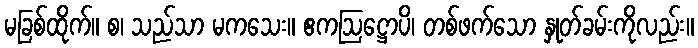
မခြစ်ထိုက်။ စ၊ သည်သာ မကသေး။ ဧကဩဋ္ဌောပိ၊ တစ်ဖက်သော နှုတ်ခမ်းကိုလည်း။